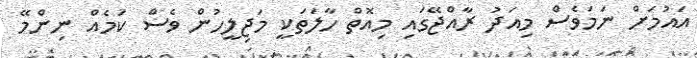
އައުމަށް ނަމަވެސް މިއަދު ރާއްޖޭގައި މިއޮތް ހާލަތަކީ މަޖިލީހުން ވެސް ކަމެއް ނިންމޭ